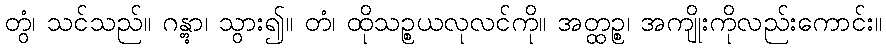
တွံ၊ သင်သည်။ ဂန္တွာ၊ သွား၍။ တံ၊ ထိုသဉ္စယလုလင်ကို။ အတ္ထဉ္စ၊ အကျိုးကိုလည်းကောင်း။